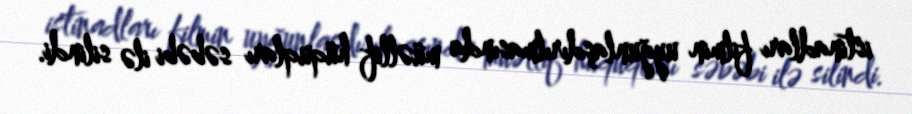
istinadları filmin uyğunlaşdırılmasında müəllif hüquqları səbəbi ilə silindi.